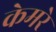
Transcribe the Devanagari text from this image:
केमरे